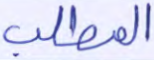
المطلب